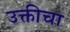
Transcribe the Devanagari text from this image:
उक्तीचा